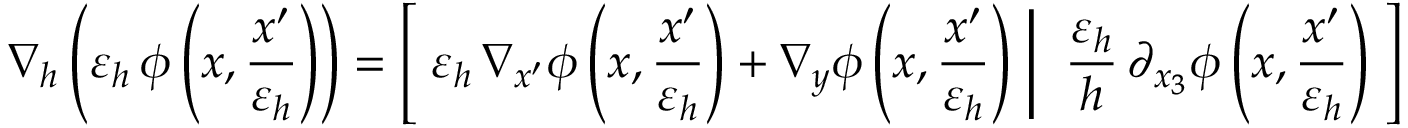
\nabla _ { h } \left( { \varepsilon _ { h } } \, \phi \left( x , \frac { x ^ { \prime } } { { \varepsilon _ { h } } } \right) \right) = \left[ \; { \varepsilon _ { h } } \, \nabla _ { x ^ { \prime } } \phi \left( x , \frac { x ^ { \prime } } { { \varepsilon _ { h } } } \right) + \nabla _ { y } \phi \left( x , \frac { x ^ { \prime } } { { \varepsilon _ { h } } } \right) \; \right| \left. \; \frac { { \varepsilon _ { h } } } { h } \, \partial _ { x _ { 3 } } \phi \left( x , \frac { x ^ { \prime } } { { \varepsilon _ { h } } } \right) \; \right]